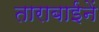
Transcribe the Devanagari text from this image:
ताराबाईनें